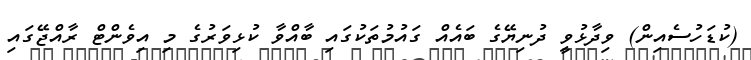
(ކުޑަހުސެއިން) ވިދާޅުވީ ދުނިޔޭގެ ބައެއް ގައުމުތަކުގައި ބާއްވާ ކުޅިވަރުގެ މި އިވެންޓް ރާއްޖޭގައި